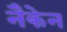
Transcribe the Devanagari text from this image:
नैकेन